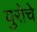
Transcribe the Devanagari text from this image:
युरोचे